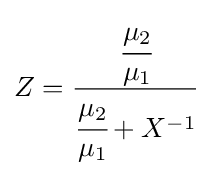
Z={\cfrac {\cfrac {\mu _{2}}{\mu _{1}}}{{\cfrac {\mu _{2}}{\mu _{1}}}+X^{-1}}}